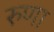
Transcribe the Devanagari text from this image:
रुणा